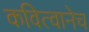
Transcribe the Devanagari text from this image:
कवित्वानेच